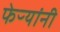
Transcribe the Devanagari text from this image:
फेऱ्यांनी